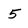
Character: 5